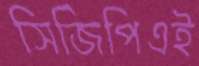
সিজিপিএই